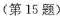
(第15题)